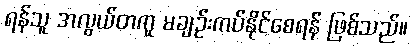
ရန်သူ အလွယ်တကူ မချဉ်းကပ်နိုင်စေရန် ဖြစ်သည်။